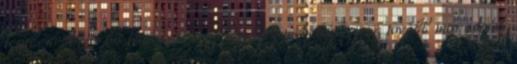
testben. A vörös húsokat nagyon nehéz megemészteni; tovább maradnak